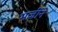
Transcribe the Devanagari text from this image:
मर्जीने